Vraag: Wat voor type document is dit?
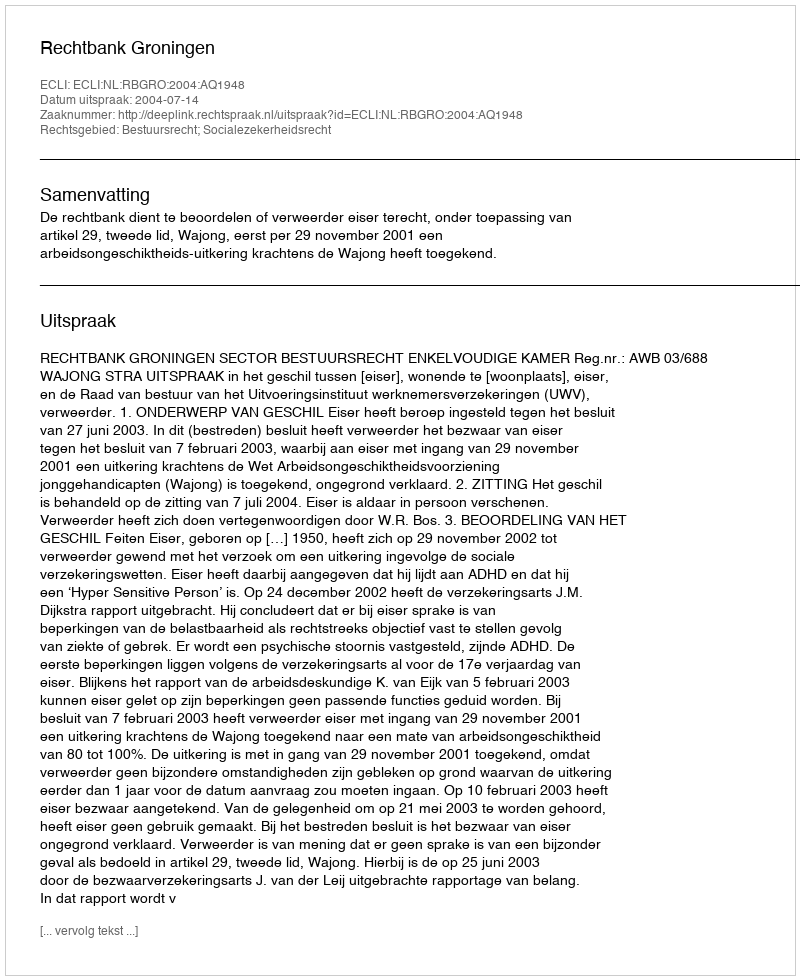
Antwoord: Uitspraak